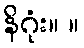
နိဂုံး။ ။